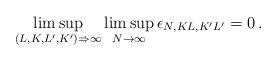
LaTeX: \begin{align*}\limsup_{(L,K,L',K') \Rightarrow \infty} \limsup_{N\to \infty} \epsilon_{N, K L, K' L'} = 0\,.\end{align*}